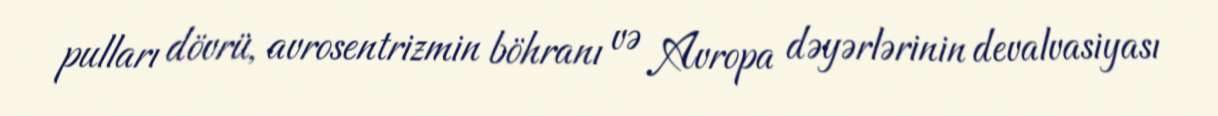
pulları dövrü, avrosentrizmin böhranı və Avropa dəyərlərinin devalvasiyası